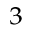
^ { 3 }